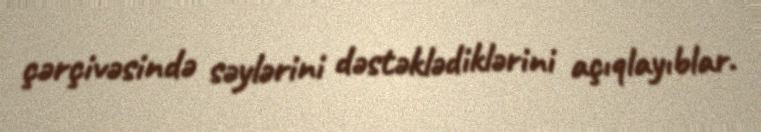
çərçivəsində səylərini dəstəklədiklərini açıqlayıblar.